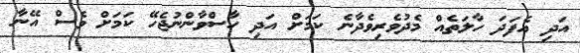
އަދި އެފަދަ ހާލަތެއް މެދުވެރިވެދާނެ ކަމަށް އަދި ހާސްވާންނުޖެހޭ ކަމަށް ވެސް އޭނާ